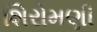
શિરોમણી